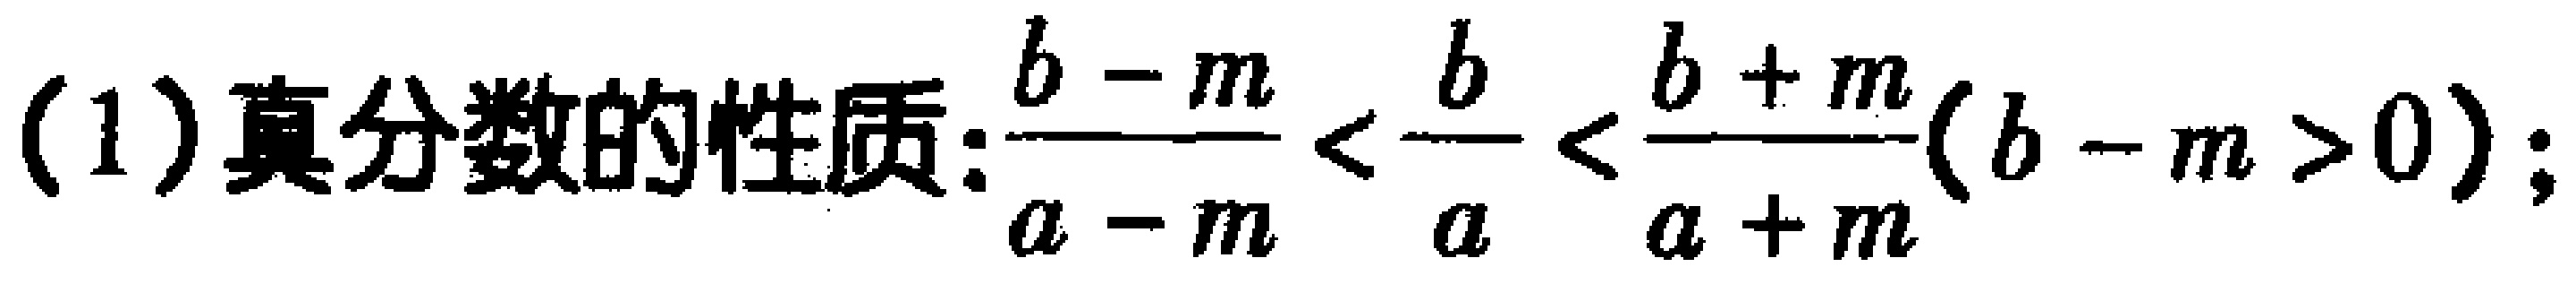
(1)真分数的性质:$\frac{b - m}{a - m} < \frac{b}{a} < \frac{b + m}{a + m}(b - m > 0)$;